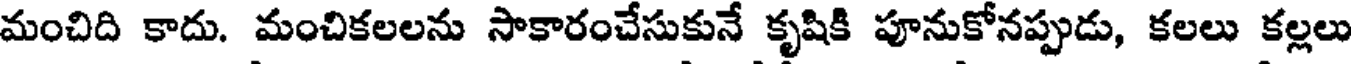
మంచిది కాదు. మంచికలలను సాకారంచేసుకునే కృషికి పూనుకోనప్పుడు, కలలు కల్లలు